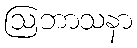
ဩဘာသနာ